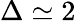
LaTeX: \Delta\simeq 2